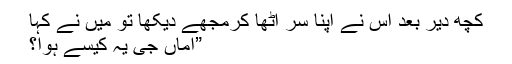
کچھ دیر بعد اس نے اپنا سر اٹھا کرمجھے دیکھا تو میں نے کہا
”اماں جی یہ کیسے ہوا؟